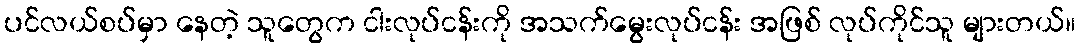
ပင်လယ်စပ်မှာ နေတဲ့ သူတွေက ငါးလုပ်ငန်းကို အသက်မွေးလုပ်ငန်း အဖြစ် လုပ်ကိုင်သူ များတယ်။